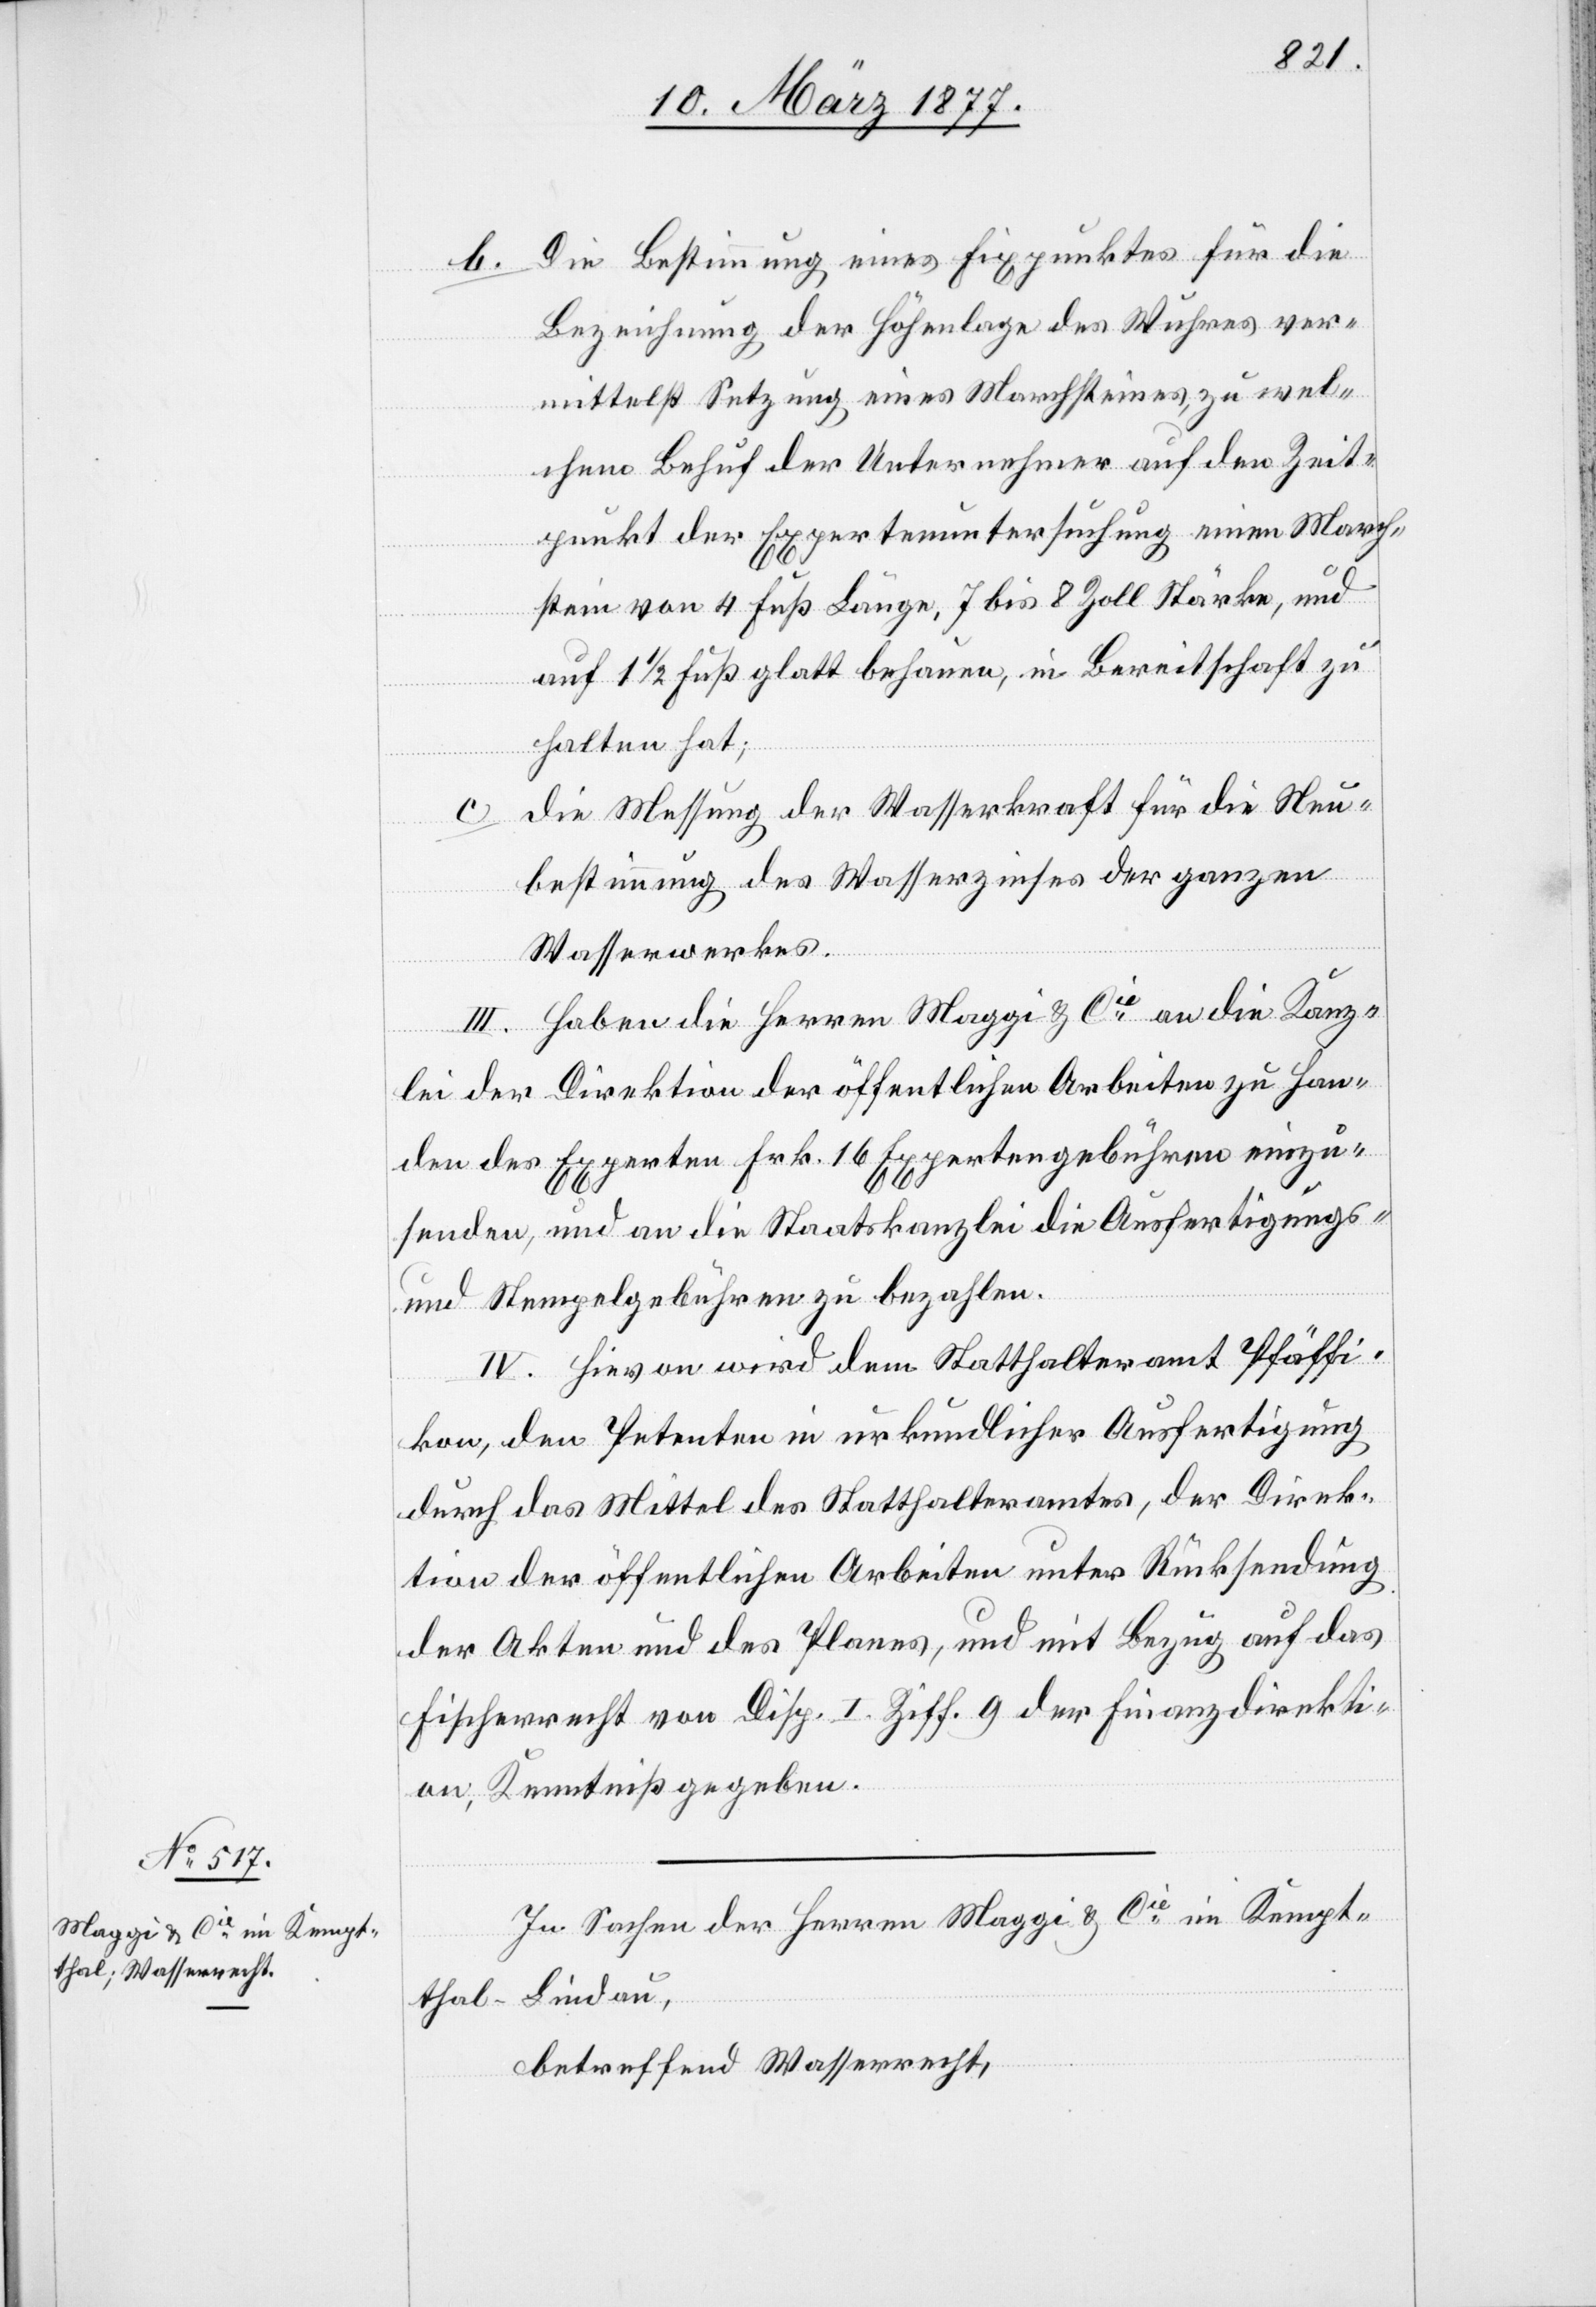
b. Die Bestimmung eines Fixpunktes für die
Bezeichnung der Höhenlage des Wuhres ver¬
mittelst Setzung eines Marchsteines, zu wel¬
chem Behuf der Unternehmer auf den Zeit¬
punkt der Expertenuntersuchung einen March¬
-
stein von 4 Fuß Länge, 7 bis 8 Zoll Stärke, und
auf 1 1/2 Fuß glatt behauen, in Bereitschaft zu
halten hat.
Die Messung der Wasserkraft für die Neu¬
c.
bestimmung des Wasserzinses der [sic!]
Wasserwerkes.
III. Haben die Herren Maggi & Cie an die Kanz¬
lei der Direktion der öffentlichen Arbeiten zu Han¬
den des Experten Frk. 16 Expertengebühren einzu¬
senden, und an die Staatskanzlei die Ausfertigungs-
und Stempelgebühren zu bezahlen.
IV. Hievon wird dem Statthalteramt Pfäffi¬
kon, den Petenten in urkundlicher Ausfertigung
durch das Mittel des Statthalteramtes, der Direk¬
tion der öffentlichen Arbeiten unter Rücksendung
der Akten und des Planes, und mit Bezug auf das
Fischerrecht von Disp. I. Ziff. 9 der Finanzdirekti¬
on, Kenntniß gegeben.
In Sachen der Herren Maggi & Cie im Kempt¬
Lindau,
thal
betreffend Wasserrecht,